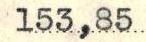
153,85